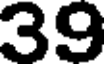
39